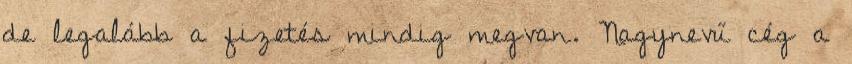
de legalább a fizetés mindig megvan. Nagynevű cég a